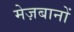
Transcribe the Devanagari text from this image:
मेज़बानों